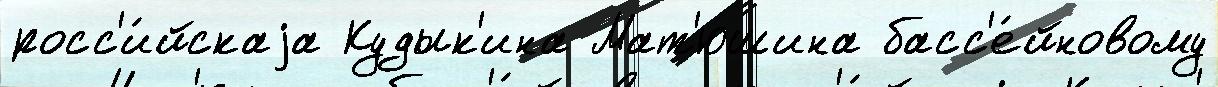
росс'и́йскаjа Кудык'ина Мат'юшина басс'е́йновому